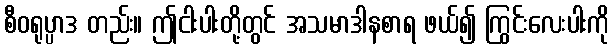
စီဝရုပ္ပာဒ တည်း။ ဤငါးပါးတို့တွင် အသမာဒါနစာရ ဖယ်၍ ကြွင်းလေးပါးကို